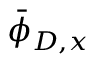
\bar { \phi } _ { D , x }